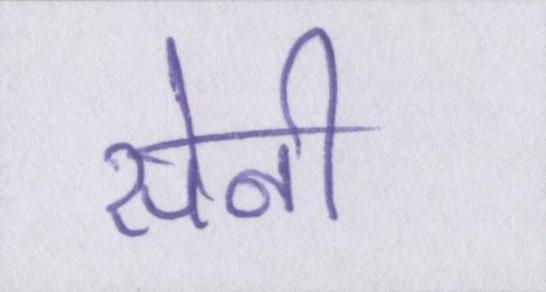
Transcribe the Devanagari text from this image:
सेनी